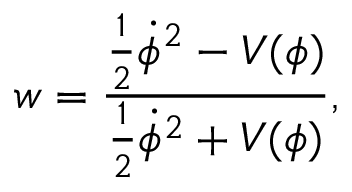
w = { \frac { { \frac { 1 } { 2 } } { \dot { \phi } } ^ { 2 } - V ( \phi ) } { { \frac { 1 } { 2 } } { \dot { \phi } } ^ { 2 } + V ( \phi ) } } ,